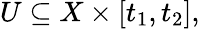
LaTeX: U\subseteq X\times[t_{1},t_{2}],